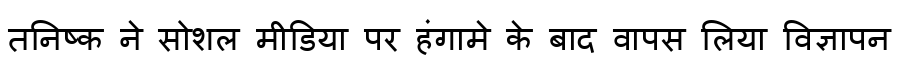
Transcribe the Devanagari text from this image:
तनिष्क ने सोशल मीडिया पर हंगामे के बाद वापस लिया विज्ञापन